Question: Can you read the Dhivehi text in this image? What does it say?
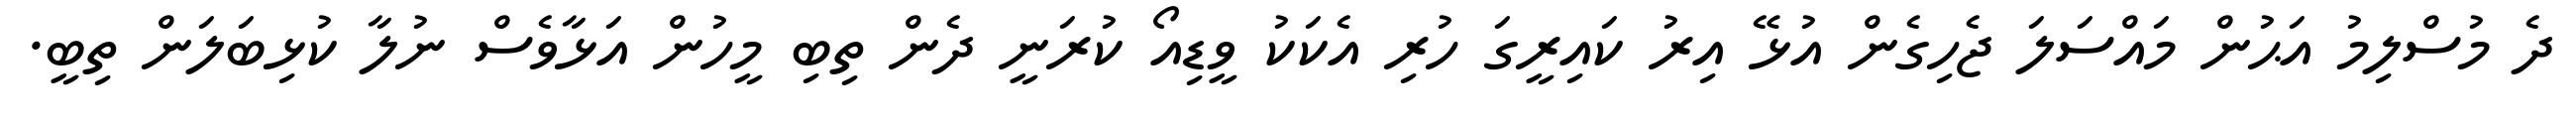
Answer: ދެ މުސްލިމު އަޙުން މައްސަލަ ޖެހިގެން އުޅޭ އިރު ކައިރީގަ ހުރި އެކަކު ވީޑިއޯ ކުރަނީ ދެން ތިބި މީހުން އަޅާވެސް ނުލާ ކުޅިބަލަން ތިބީ.